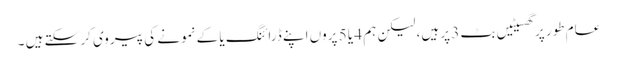
عام طور پر گھسیٹیں بٹ 3 پر ہیں، لیکن ہم 4 یا 5 پروں اپنے ڈرائنگ یا کے نمونے کی پیروی کر سکتے ہیں ۔